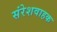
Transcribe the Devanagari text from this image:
संरेशवाहक